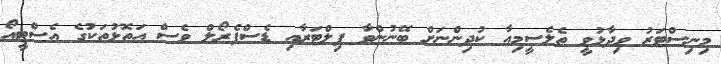
މިނިސްޓަރު ވިދާޅުވީ ތެލެސީމިއާ ކުދިންނަށް ބޭނުންވާ ފިލްޓަރާއި ޑެސްފެރޯލް ވެސް އަތޮޅުތަކުގެ އެސްޓީއޯ